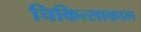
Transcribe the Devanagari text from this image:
चिकित्साकाल